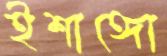
ইশাঙ্গো